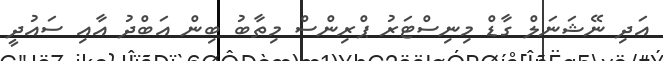
އަދި ނޭޝަނަލް ގާޑް މިނިސްޓަރު ޕްރިންސް މިތާބު ބިން އަބްދު އާއި ސައުދީ